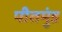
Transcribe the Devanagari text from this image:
पीतमुंड